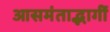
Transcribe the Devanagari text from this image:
आसमंताद्भागीं